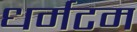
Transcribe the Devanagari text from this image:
धर्मटम